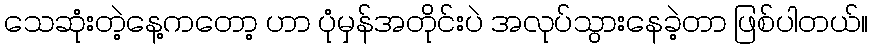
သေဆုံးတဲ့နေ့ကတော့ ဟာ ပုံမှန်အတိုင်းပဲ အလုပ်သွားနေခဲ့တာ ဖြစ်ပါတယ်။